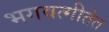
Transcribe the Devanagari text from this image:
भगवत्गीतेत